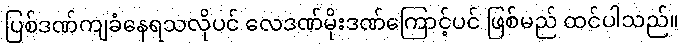
ပြစ်ဒဏ်ကျခံနေရသလိုပင် လေဒဏ်မိုးဒဏ်ကြောင့်ပင် ဖြစ်မည် ထင်ပါသည်။